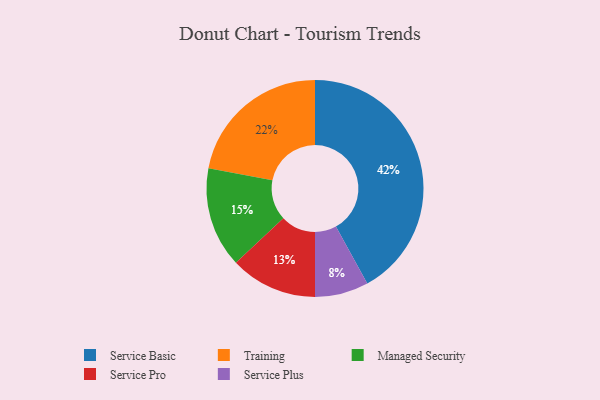
{"axis": {"x": "Category", "y": "Percentage"}, "legend": ["Managed Security", "Service Basic", "Service Plus", "Service Pro", "Training"], "data": [{"x": "Service Pro", "y": 13, "type": "Service Pro"}, {"x": "Managed Security", "y": 15, "type": "Managed Security"}, {"x": "Service Basic", "y": 42, "type": "Service Basic"}, {"x": "Service Plus", "y": 8, "type": "Service Plus"}, {"x": "Training", "y": 22, "type": "Training"}]}